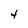
Character: 4